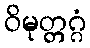
ဝိမုတ္တဂ္ဂံ